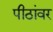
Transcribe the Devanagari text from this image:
पीठांवर